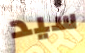
سيد